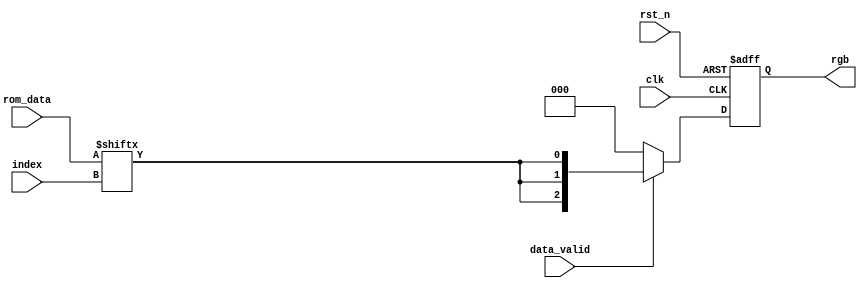
module task4_module
(
    input clk,
    input rst_n,
    input [7:0] rom_data,
    input data_valid,
    input [2:0] index,
    output reg [2:0] rgb
);
    
    always @(posedge clk or negedge rst_n)
    begin
        if(~rst_n)
            rgb <= 3'b000;
        else
            rgb <= data_valid ? {rom_data[index], rom_data[index], rom_data[index]} : 3'b000;
    end
    
    
endmodule